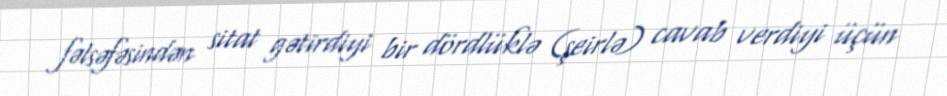
fəlsəfəsindən sitat gətirdiyi bir dördlüklə (şeirlə) cavab verdiyi üçün